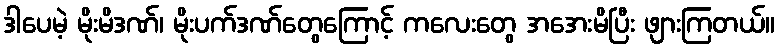
ဒါပေမဲ့ မိုးမိဒဏ်၊ မိုးပက်ဒဏ်တွေကြောင့် ကလေးတွေ အအေးမိပြီး ဖျားကြတယ်။